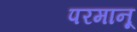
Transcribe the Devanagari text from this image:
परमानू